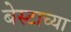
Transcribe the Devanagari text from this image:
बेस्टाच्या